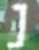
נ